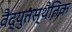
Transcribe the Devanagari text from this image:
वैद्युतस्थैतिक